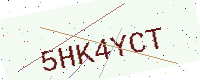
Text: 5HK4YCT